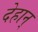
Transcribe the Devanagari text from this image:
देहान्